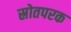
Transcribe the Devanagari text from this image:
स्रोतपरक